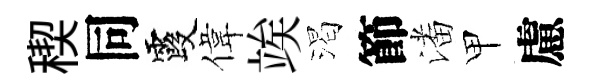
稧同霞偉竢渴節潘甲慮